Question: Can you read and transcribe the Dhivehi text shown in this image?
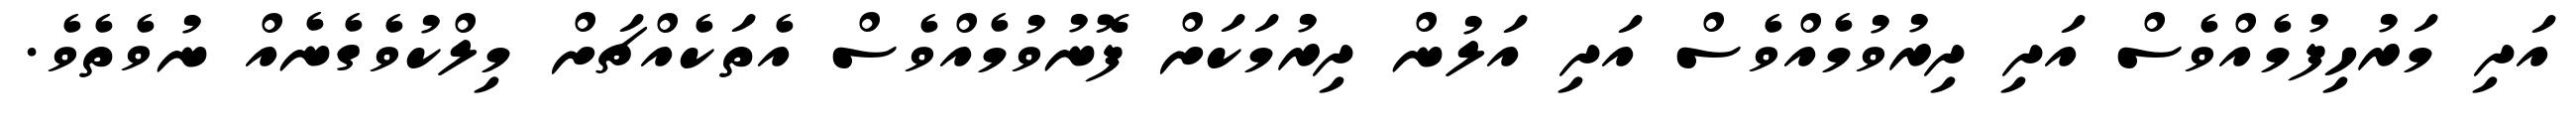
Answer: އަދި މަރުހިފުމެއްވެސް އަދި ދިރުވުމެއްވެސް އަދި އަލުން ދިރުމަކަށް ފޮނުވުމެއްވެސް އެތަކެއްޗަށް މިލްކުވެގެނެއް ނުވެތެވެ.